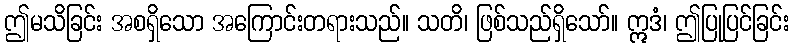
ဤမသိခြင်း အစရှိသော အကြောင်းတရားသည်။ သတိ၊ ဖြစ်သည်ရှိသော်။ ဣဒံ၊ ဤပြုပြင်ခြင်း